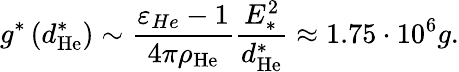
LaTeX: g^{\ast}\left(d_{\mathrm{He}}^{\ast}\right)\sim\frac{\varepsilon_{He}-1}{4\pi\rho_{\mathrm{He}}}\frac{E_{\ast}^{2}}{d_{\mathrm{He}}^{\ast}}\approx 1.75\cdot 10^{6}g.